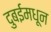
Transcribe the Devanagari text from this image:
दुबईमधून